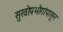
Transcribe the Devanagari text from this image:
सुखोपभोगांपासून